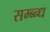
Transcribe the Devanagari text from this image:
सम्ब्न्ध